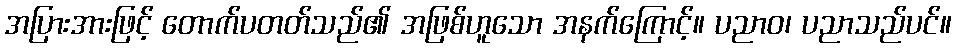
အပြားအားဖြင့် တောက်ပတတ်သည်၏ အဖြစ်ဟူသော အနက်ကြောင့်။ ပညာဝ၊ ပညာသည်ပင်။